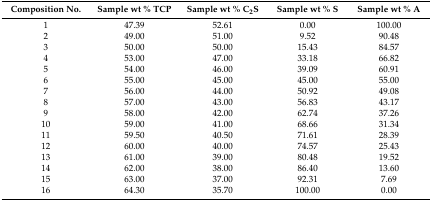
<table><thead><tr><td><b>Composition No.</b></td><td><b>Sample wt % TCP</b></td><td><b>Sample wt % C<sub>2</sub>S</b></td><td><b>Sample wt % S</b></td><td><b>Sample wt % A</b></td></tr></thead><tbody><tr><td>1</td><td>47.39</td><td>52.61</td><td>0.00</td><td>100.00</td></tr><tr><td>2</td><td>49.00</td><td>51.00</td><td>9.52</td><td>90.48</td></tr><tr><td>3</td><td>50.00</td><td>50.00</td><td>15.43</td><td>84.57</td></tr><tr><td>4</td><td>53.00</td><td>47.00</td><td>33.18</td><td>66.82</td></tr><tr><td>5</td><td>54.00</td><td>46.00</td><td>39.09</td><td>60.91</td></tr><tr><td>6</td><td>55.00</td><td>45.00</td><td>45.00</td><td>55.00</td></tr><tr><td>7</td><td>56.00</td><td>44.00</td><td>50.92</td><td>49.08</td></tr><tr><td>8</td><td>57.00</td><td>43.00</td><td>56.83</td><td>43.17</td></tr><tr><td>9</td><td>58.00</td><td>42.00</td><td>62.74</td><td>37.26</td></tr><tr><td>10</td><td>59.00</td><td>41.00</td><td>68.66</td><td>31.34</td></tr><tr><td>11</td><td>59.50</td><td>40.50</td><td>71.61</td><td>28.39</td></tr><tr><td>12</td><td>60.00</td><td>40.00</td><td>74.57</td><td>25.43</td></tr><tr><td>13</td><td>61.00</td><td>39.00</td><td>80.48</td><td>19.52</td></tr><tr><td>14</td><td>62.00</td><td>38.00</td><td>86.40</td><td>13.60</td></tr><tr><td>15</td><td>63.00</td><td>37.00</td><td>92.31</td><td>7.69</td></tr><tr><td>16</td><td>64.30</td><td>35.70</td><td>100.00</td><td>0.00</td></tr></tbody></table>